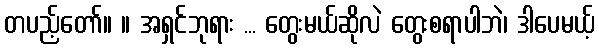
တပည့်တော်။ ။ အရှင်ဘုရား ... တွေးမယ်ဆိုလဲ တွေးစရာပါဘဲ၊ ဒါပေမယ့်